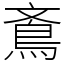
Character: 鴍